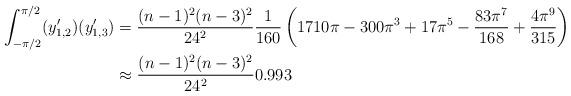
LaTeX: \begin{align*}\int_{-\pi/2}^{\pi/2} (y_{1,2}')(y_{1,3}') &= \frac{(n-1)^2(n-3)^2}{24^2} \frac{1}{160}\left(1710\pi - 300\pi^3+17\pi^5-\frac{83\pi^7}{168}+\frac{4\pi^9}{315}\right)\\& \approx\frac{(n-1)^2(n-3)^2}{24^2} 0.993 \end{align*}